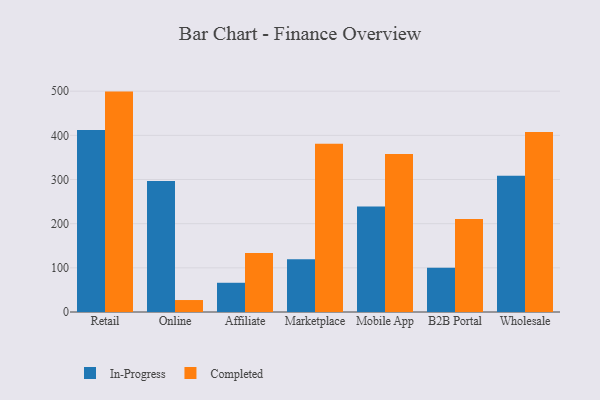
{"axis": {"x": "Channel", "y": "Energy Usage (MWh)"}, "legend": ["Completed", "In-Progress"], "data": [{"x": "Retail", "y": 411.9, "type": "In-Progress"}, {"x": "Retail", "y": 499.1, "type": "Completed"}, {"x": "Online", "y": 296.7, "type": "In-Progress"}, {"x": "Online", "y": 27.1, "type": "Completed"}, {"x": "Affiliate", "y": 66.2, "type": "In-Progress"}, {"x": "Affiliate", "y": 133.7, "type": "Completed"}, {"x": "Marketplace", "y": 119.4, "type": "In-Progress"}, {"x": "Marketplace", "y": 380.8, "type": "Completed"}, {"x": "Mobile App", "y": 239.0, "type": "In-Progress"}, {"x": "Mobile App", "y": 357.6, "type": "Completed"}, {"x": "B2B Portal", "y": 100.0, "type": "In-Progress"}, {"x": "B2B Portal", "y": 210.4, "type": "Completed"}, {"x": "Wholesale", "y": 308.8, "type": "In-Progress"}, {"x": "Wholesale", "y": 407.5, "type": "Completed"}]}